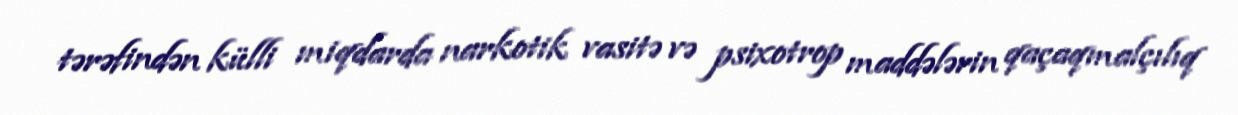
tərəfindən külli miqdarda narkotik vasitə və psixotrop maddələrin qaçaqmalçılıq